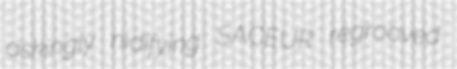
askingly nidifying SACEUR regrooved